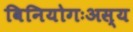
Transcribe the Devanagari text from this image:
विनियोगःअस्य